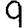
Digit: 9